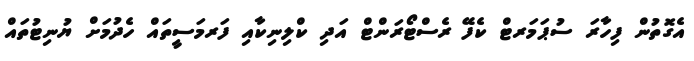
އެގޮތުން ފިހާރަ ސުޕަމަރޓް ކެފޭ ރެސްޓޯރަންޓް އަދި ކްލިނިކާއި ފަރމަސީތައް ހެދުމަށް ޔުނިޓުތައް